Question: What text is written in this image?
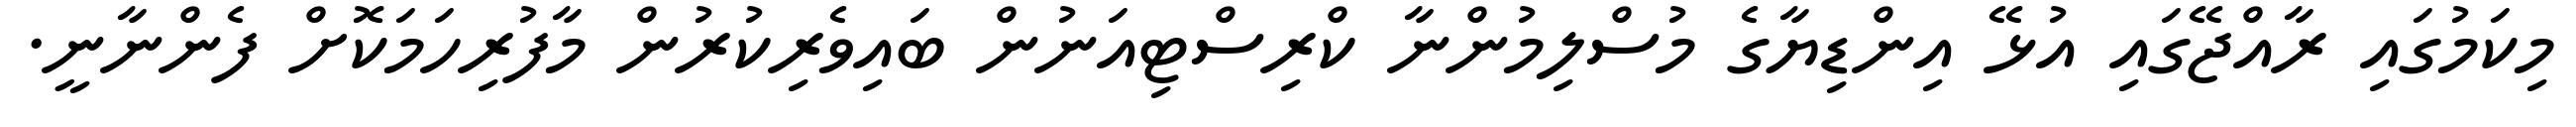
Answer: މިކަމުގައި ރާއްޖޭގައި އުޅޭ އިންޑިޔާގެ މުސްލިމުންނާ ކްރިސްޓިއަނުން ބައިވެރިކުރުން މާފުރިހަމަކޮށް ފެންނާނީ.